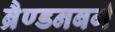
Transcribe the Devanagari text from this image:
ब्रैण्डनबर्ग